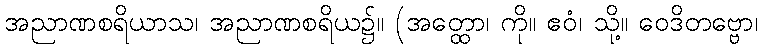
အညာဏစရိယာသ၊ အညာဏစရိယ၌။ (အတ္ထော၊ ကို။ ဧဝံ၊ သို့။ ဝေဒိတဗ္ဗော၊